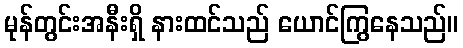
မုန်တွင်းအနီးရှိ နားထင်သည် ယောင်ကြွနေသည်။